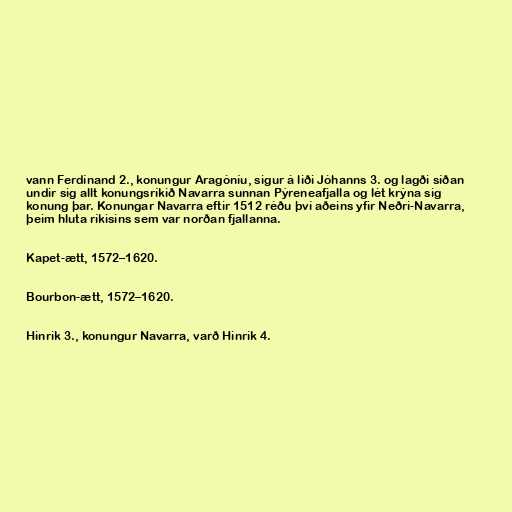
vann Ferdínand 2., konungur Aragóníu, sigur á liði Jóhanns 3. og lagði síðan
undir sig allt konungsríkið Navarra sunnan Pýreneafjalla og lét krýna sig
konung þar. Konungar Navarra eftir 1512 réðu því aðeins yfir Neðri-Navarra,
þeim hluta ríkisins sem var norðan fjallanna.

Kapet-ætt, 1572–1620.

Bourbon-ætt, 1572–1620.

Hinrik 3., konungur Navarra, varð Hinrik 4.